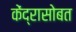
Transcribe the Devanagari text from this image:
केंद्रासोबत